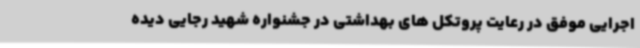
اجرایی موفق در رعایت پروتکل های بهداشتی در جشنواره شهید رجایی دیده